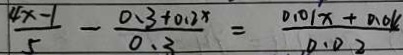
\frac { 4 x - 1 } { 5 } - \frac { 0 . 3 + 0 . 2 x } { 0 . 3 } = \frac { 0 . 0 1 x + 0 . 0 4 } { 0 . 0 2 }